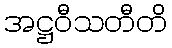
အဋ္ဌဝီသတီတိ